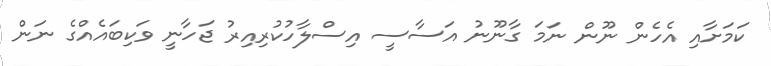
ކަމަށާއި އެހެން ނޫން ނަމަ ގާނޫނު އަސާސީ އިސްލާހުކުރިއިރު ޖަހާނީ ވަކިބައެއްގެ ނަން